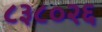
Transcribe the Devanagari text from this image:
८३८०२६